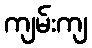
ကျမ်းကျ